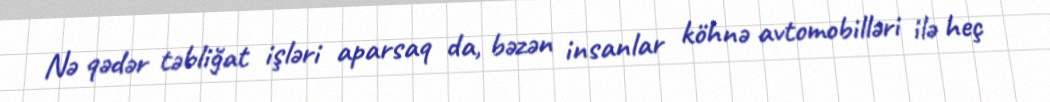
Nə qədər təbliğat işləri aparsaq da, bəzən insanlar köhnə avtomobilləri ilə heç